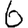
Digit: 6